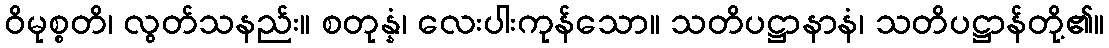
ဝိမုစ္စတိ၊ လွတ်သနည်း။ စတုန္နံ၊ လေးပါးကုန်သော။ သတိပဋ္ဌာနာနံ၊ သတိပဋ္ဌာန်တို့၏။